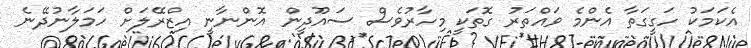
އެކަމަކު ހަގީގަތާ އެންމެ ވައްތަރު ގޮތަކީ މިހާރުވެސް ސައޫދީން އޮންނާނީ އިޒްރޭލަށް ހަމަލާނުދޭނެ